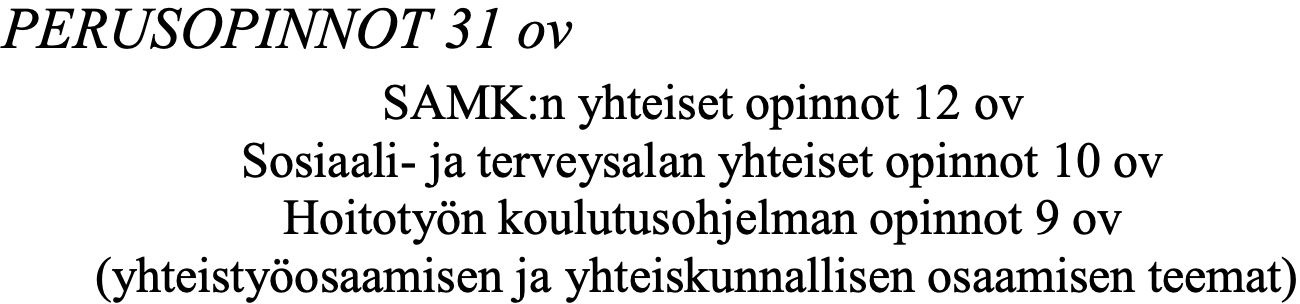
PERUSOPINNOT  31 ov SAMK:n yhteiset opinnot 12 ov Sosiaali- ja terveysalan yhteiset opinnot 10 ov Hoitotyön koulutusohjelman opinnot 9 ov (yhteistyöosaamisen ja yhteiskunnallisen osaamisen teemat)